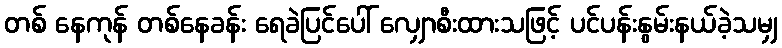
တစ် နေကုန် တစ်နေခန်း ရေခဲပြင်ပေါ် လျှောစီးထားသဖြင့် ပင်ပန်းနွမ်းနယ်ခဲ့သမျှ